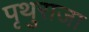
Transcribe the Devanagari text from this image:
पृथुराजा